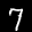
Label: 7